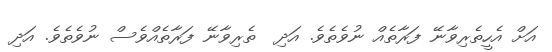
އަށް އެހީތެރިވާނޭ ފަރާތެއް ނުވެތެވެ. އަދި  ތެރިވާނޭ ފަރާތެއްވެސް ނުވެތެވެ. އަދި